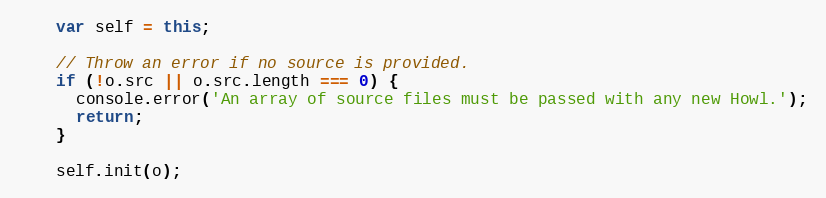
Language: JavaScript
    var self = this;

    // Throw an error if no source is provided.
    if (!o.src || o.src.length === 0) {
      console.error('An array of source files must be passed with any new Howl.');
      return;
    }

    self.init(o);